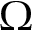
\Omega